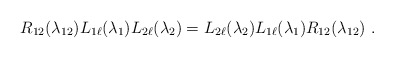
\begin{align*}R_{12}(\lambda_{12})L_{1\ell}(\lambda_1)L_{2\ell}(\lambda_2)=L_{2\ell}(\lambda_2)L_{1\ell}(\lambda_1)R_{12}(\lambda_{12})\ .\end{align*}